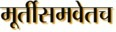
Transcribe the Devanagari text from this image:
मूर्तीसमवेतच